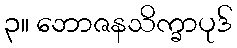
၃။ ဘောဇနသိက္ခာပုဒ်